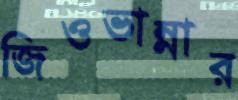
জিওভান্নার